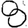
Digit: 8